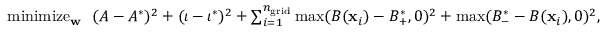
\begin{array} { r } { \operatornamewithlimits { m i n i m i z e } _ { \mathbf { w } } \ \ ( A - A ^ { * } ) ^ { 2 } + ( \iota - \iota ^ { * } ) ^ { 2 } + \sum _ { i = 1 } ^ { { n _ { \mathrm { g r i d } } } } \operatorname* { m a x } ( B ( \mathbf { x } _ { i } ) - B _ { + } ^ { * } , 0 ) ^ { 2 } + \operatorname* { m a x } ( B _ { - } ^ { * } - B ( \mathbf { x } _ { i } ) , 0 ) ^ { 2 } , } \end{array}